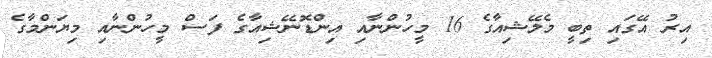
އިރު އޭގައި ތިބީ މެލޭޝިއާގެ 16 މީހުންނާއި އިންޑޮނޭޝިއާގެ ފަސް މީހުންނާއި މިޔަންމާގެ